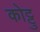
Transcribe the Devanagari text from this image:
कोट्टु